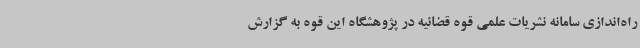
راه‌اندازی سامانه نشریات علمی قوه قضائیه در پژوهشگاه این قوه به گزارش